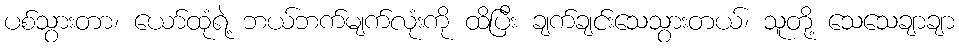
ပစ်သွားတာ၊ ယော်ထုံရဲ့ ဘယ်ဘက်မျက်လုံးကို ထိပြီး ချက်ချင်းသေသွားတယ်၊ သူတို့ သေသေချာချာ